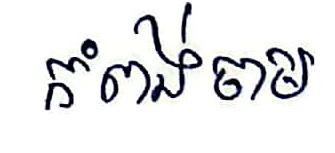
កំពង់ចាម